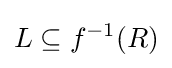
L\subseteq f^{-1}(R)